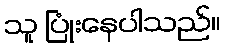
သူ ပြုံးနေပါသည်။